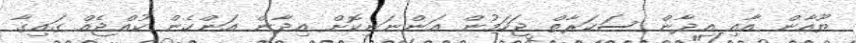
ޔޫއާން އާއި އިދާން ސަކަރާތް ޖަހަމުން އަންނަނިކޮށް އިދާން އަންހެން ކުއްޖެއް ގައިގާ